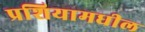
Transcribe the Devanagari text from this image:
प्रशियामधील